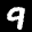
Digit: 9